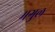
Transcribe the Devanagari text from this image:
मगुल